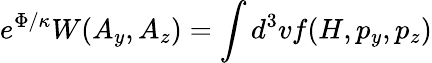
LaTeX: e^{\Phi/\kappa}W(A_{y},A_{z})=\int d^{3}vf(H,p_{y},p_{z})